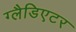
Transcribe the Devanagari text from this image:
ग्‍लैडिएटर